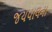
જયપાલના